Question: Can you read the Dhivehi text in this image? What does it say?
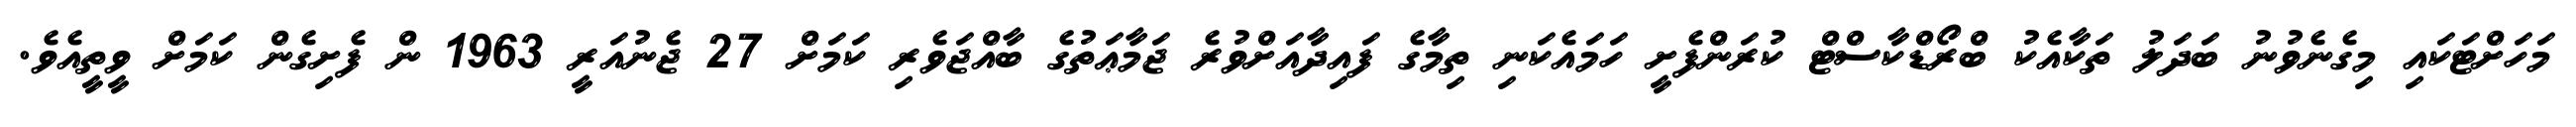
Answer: މަހަށްޓަކައި މިގެނެވުނު ބަދަލު ތަކާއެކު ބްރޯޑްކާސްޓް ކުރަންފެށީ ހަމައެކަނި ތިމާގެ ފައިދާއަށްވުރެ ޖަމާޢަތުގެ ބާއްޖަވެރި ކަމަށް 27 ޖެނުއަރީ 1963 ން ފެށިގެން ކަމަށް ވީތީއެވެ.